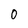
Character: 0